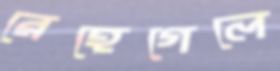
রেহেগেলে